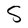
Character: S